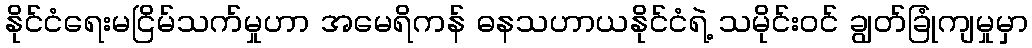
နိုင်ငံရေးမငြိမ်သက်မှုဟာ အမေရိကန် ဓနသဟာယနိုင်ငံရဲ့ သမိုင်းဝင် ချွတ်ခြုံကျမှုမှာ